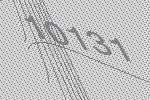
10131